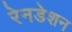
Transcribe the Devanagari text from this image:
रेनडेशन